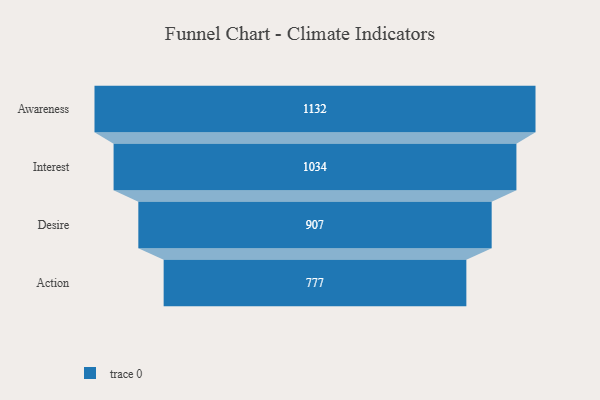
{"axis": {"x": "Stage", "y": "Value"}, "legend": [""], "data": [{"x": "Awareness", "y": 1132.0, "type": ""}, {"x": "Interest", "y": 1034.0, "type": ""}, {"x": "Desire", "y": 907.0, "type": ""}, {"x": "Action", "y": 777.0, "type": ""}]}